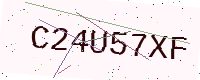
Text: C24U57XF